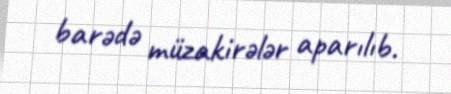
barədə müzakirələr aparılıb.